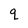
Character: q